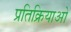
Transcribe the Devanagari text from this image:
प्रतिक्रियाओ